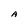
Character: A